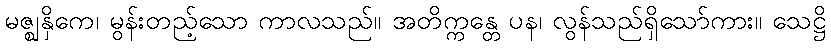
မဇ္ဈနှိကေ၊ မွန်းတည့်သော ကာလသည်။ အတိက္ကန္တေ ပန၊ လွန်သည်ရှိသော်ကား။ သေဋ္ဌိ